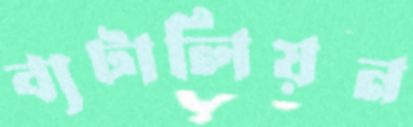
ব্যটালিয়ন